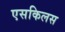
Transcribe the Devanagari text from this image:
एसकिलस